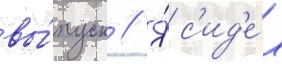
вы́пуск // Я́ с'ид'е́л